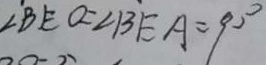
\angle B E O = \angle B E A = 9 0 ^ { \circ }